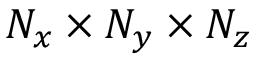
N _ { x } \times N _ { y } \times N _ { z }